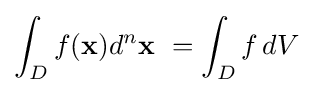
\int _{D}f(\mathbf {x} )d^{n}\mathbf {x} \ =\int _{D}f\,dV